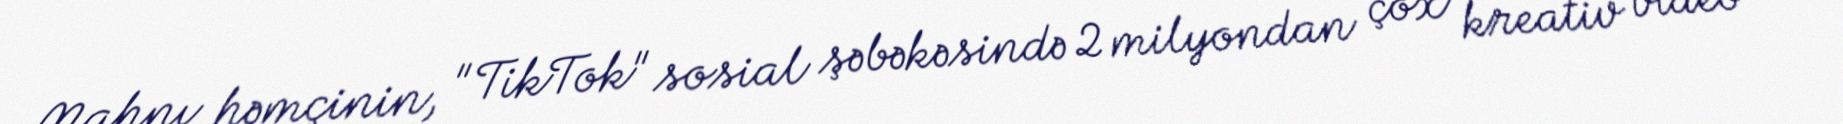
Mahnı həmçinin, "TikTok" sosial şəbəkəsində 2 milyondan çox kreativ video